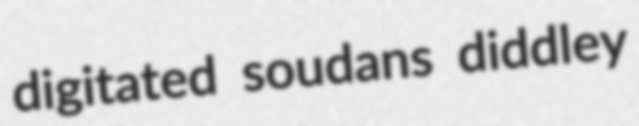
digitated soudans diddley